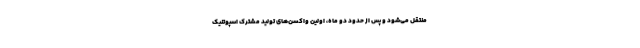
منتقل می‌شود و پس از حدود دو ماه، اولین واکسن‌های تولید مشترک اسپوتنیک